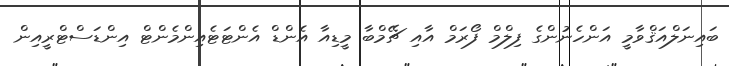
ބައިނަލްއަޤްވާމީ އަންހެނުންގެ ފިލްމް ފޯރަމް އާއި ޗޭމްބާ މީޑިއާ އެންޑް އެންޓަޓެއިންމެންޓް އިންޑަސްޓްރީއިން